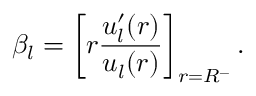
\beta _ { l } = \left[ r \frac { u _ { l } ^ { \prime } ( r ) } { u _ { l } ( r ) } \right] _ { r = R ^ { - } } .